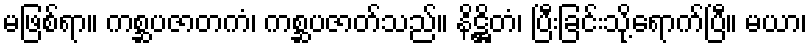
မဖြစ်ရာ။ ကစ္ဆပဇာတကံ၊ ကစ္ဆပဇာတ်သည်။ နိဋ္ဌိတံ၊ ပြီးခြင်းသို့ရောက်ပြီ။ မယာ၊